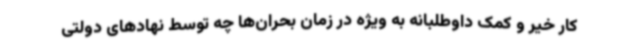
کار خیر و کمک داوطلبانه به ویژه در زمان بحران‌ها چه توسط نهادهای دولتی